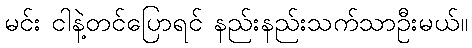
မင်း ငါနဲ့တင်ပြောရင် နည်းနည်းသက်သာဦးမယ်။